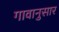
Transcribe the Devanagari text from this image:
गावानुसार